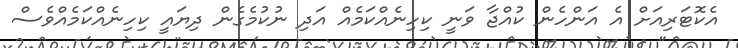
އެކޮޓަރިއަށް އެ އަންހެން ކުއްޖާ ވަނީ ކިހިނެއްކަމެއް އަދި ނުކުމެގެން ދިޔައީ ކިހިނެއްކަމެއްވެސް